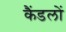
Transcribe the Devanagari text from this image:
कैंडलों